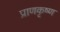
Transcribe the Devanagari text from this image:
प्राणकृष्ण